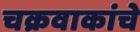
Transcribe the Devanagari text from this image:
चक्रवाकांचे